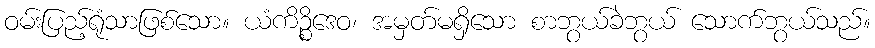
ဝမ်းပြည့်ရုံသာဖြစ်သော။ ယံကိဉ္စိဒေဝ၊ အမှတ်မရှိသော စာဘွယ်ခဲဘွယ် သောက်ဘွယ်သည်။